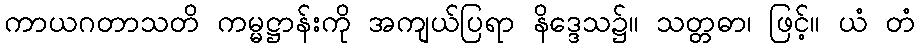
ကာယဂတာသတိ ကမ္မဋ္ဌာန်းကို အကျယ်ပြရာ နိဒ္ဒေသ၌။ သတ္တဓာ၊ ဖြင့်။ ယံ တံ